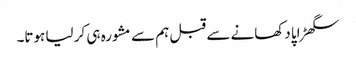
سگھڑاپا دکھانے سے قبل ہم سے مشورہ ہی کر لیا ہوتا۔